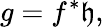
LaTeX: g=f^{\ast}\mathfrak{h},